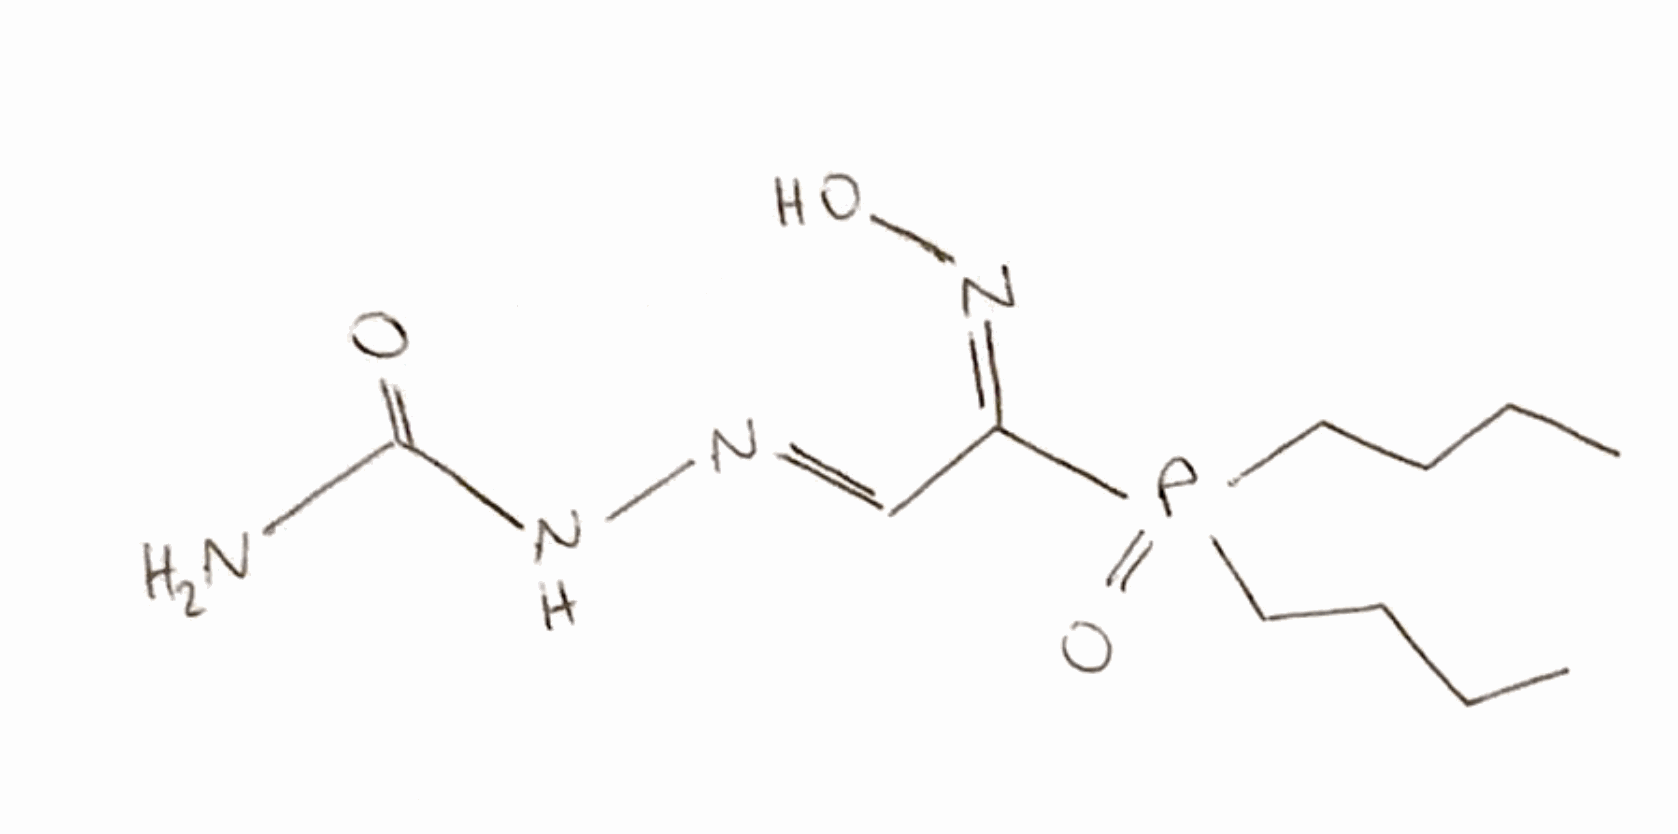
Simplified molecular-input line-entry system (SMILES) notation of the given molecule:
CCCCP(=O)(CCCC)/C(=N/O)/C=N/NC(=O)N